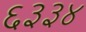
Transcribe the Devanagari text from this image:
६३३४